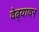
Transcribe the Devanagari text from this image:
वेढ्यावर